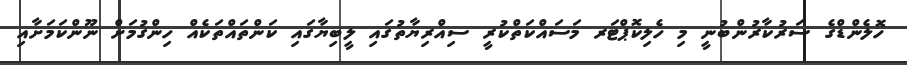
ހޮލެންޑްގެ ސަރުކާރުންބުނީ މި ހެލިކޮޕްޓަރ މަސައްކަތްކުރީ ސިއްރިޔާތުގައި ލީބިޔާގައި ކަންތައްތަކެއް ހިންގުމަށް ނޫންކަމަށާއި